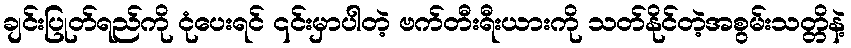
ချင်းပြုတ်ရည်ကို ငုံပေးရင် ၎င်းမှာပါတဲ့ ဗက်တီးရီးယားကို သတ်နိုင်တဲ့အစွမ်းသတ္တိနဲ့